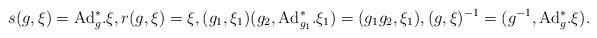
LaTeX: \begin{align*} s(g,\xi)=\hbox{Ad}^*_{g}.\xi,r(g,\xi)= \xi ,(g_1,\xi_1)(g_2,\hbox{Ad}^*_{g_1}.\xi_1)=({g_1}{g_2},\xi_1),(g,\xi)^{-1}=(g^{-1},\hbox{Ad}^*_{g}.\xi).\end{align*}